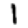
Digit: 1